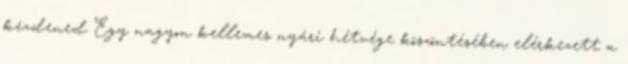
kezdened Egy nagyon kellemes nyári hétvége köszöntésében elérkezett a